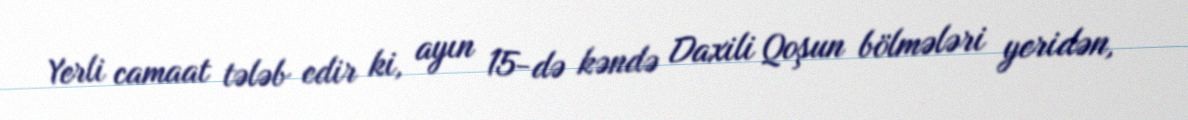
Yerli camaat tələb edir ki, ayın 15-də kəndə Daxili Qoşun bölmələri yeridən,